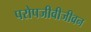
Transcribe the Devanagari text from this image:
परोपजीवीजीवन